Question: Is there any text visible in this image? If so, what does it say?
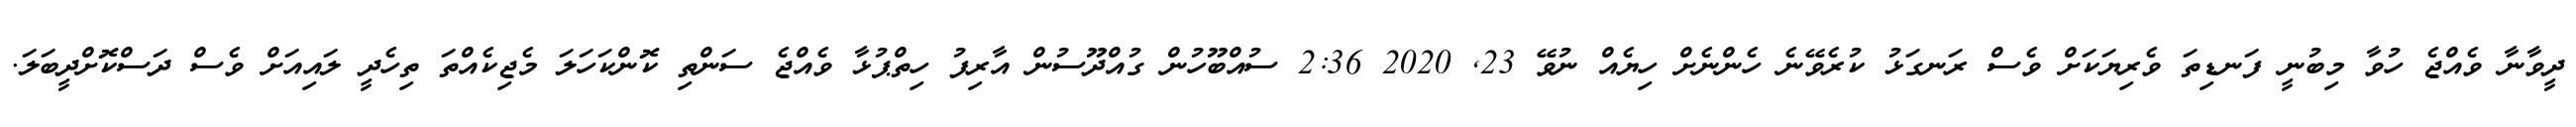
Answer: ދީވާނާ ވެއްޖެ ހުވާ މިބުނީ ފަނޑިތަ ވެރިޔަކަށް ވެސް ރަނގަޅު ކުރެވޭނެ ހެންނެށް ހިޔެއް ނުވޭ 23, 2020 2:36 ސުއްބޫހުން ގުއްދޫސުން އާރިފު ހިތްޕުޅާ ވެއްޖެ ސަންތި ކޮންކަހަލަ މެޖިކެއްތަ ތިހެދީ ލައިއަށް ވެސް ދަސްކޮށްދީބަލަ.